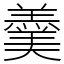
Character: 羹